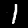
Label: 1